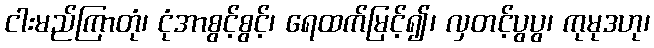
ငါးမည်ကြာတုံ၊ ငုံအာစွင့်စွင့်၊ ရေထက်မြင့်၍၊ လှတင့်ပွပွ၊ ကုမုဒဟု၊